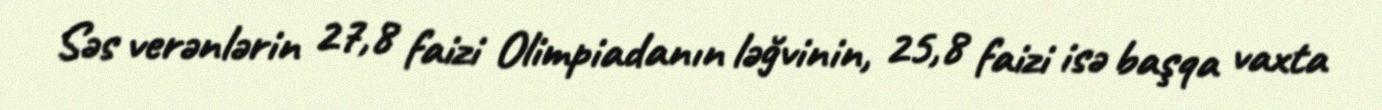
Səs verənlərin 27,8 faizi Olimpiadanın ləğvinin, 25,8 faizi isə başqa vaxta